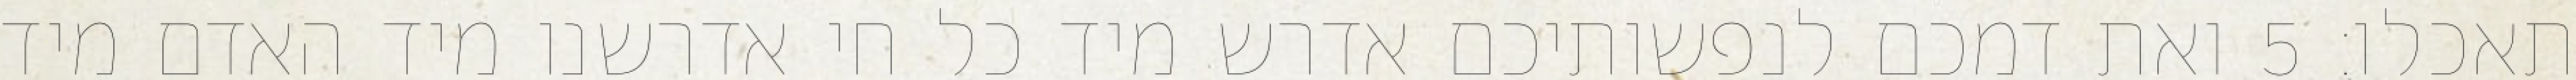
תאכלו׃ ‎5‏ ואת דמכם לנפשותיכם אדרש מיד כל חי אדרשנו מיד האדם מיד